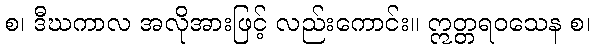
စ၊ ဒီဃကာလ အလိုအားဖြင့် လည်းကောင်း။ ဣတ္တရဝသေန စ၊